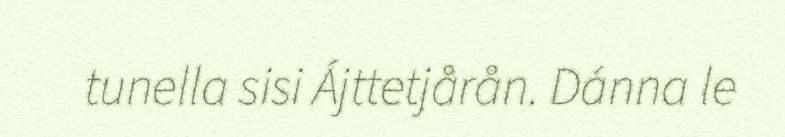
tunella sisi Ájttetjårån. Dánna le